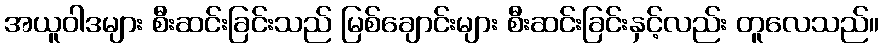
အယူဝါဒများ စီးဆင်းခြင်းသည် မြစ်ချောင်းများ စီးဆင်းခြင်းနှင့်လည်း တူလေသည်။